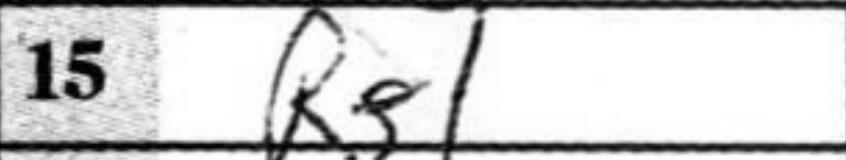
Transcription: Rg1